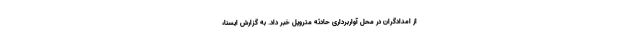
از امدادگران در محل آواربرداری حادثه متروپل خبر داد. به گزارش ایسنا،